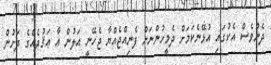
ދެންވެސް އެކުގައި އުޅޭނެކަމަށް ދެމީހުންނަށް ފެނިއްޖެއްޔާ ޖެހޭނީ އަލުން އާ ޢަޤުދެއްގެ ދަށުން